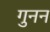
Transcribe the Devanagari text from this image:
गुनन